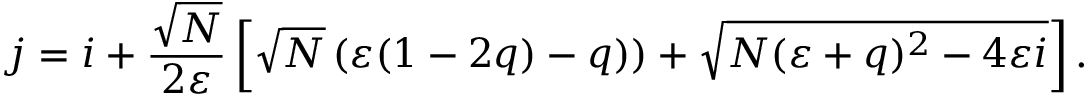
j = i + \frac { \sqrt { N } } { 2 \varepsilon } \left[ \sqrt { N } \left( \varepsilon ( 1 - 2 q ) - q ) \right) + \sqrt { N ( \varepsilon + q ) ^ { 2 } - 4 \varepsilon i } \right] .